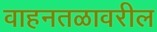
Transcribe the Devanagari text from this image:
वाहनतळावरील